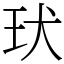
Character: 㺴